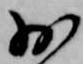
少